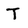
Character: T